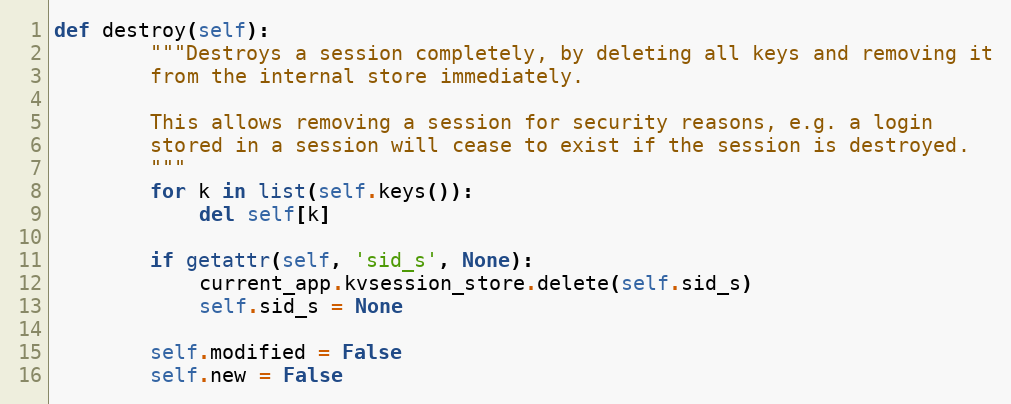
Language: Python
def destroy(self):
        """Destroys a session completely, by deleting all keys and removing it
        from the internal store immediately.

        This allows removing a session for security reasons, e.g. a login
        stored in a session will cease to exist if the session is destroyed.
        """
        for k in list(self.keys()):
            del self[k]

        if getattr(self, 'sid_s', None):
            current_app.kvsession_store.delete(self.sid_s)
            self.sid_s = None

        self.modified = False
        self.new = False